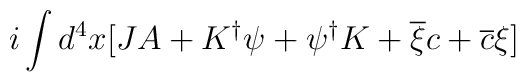
i\int d^{4}x[JA+K^{\dagger }\psi +\psi ^{\dagger }K+\overline{\xi }c+\overline{c}\xi ]